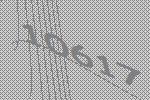
10617